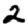
Digit: 2